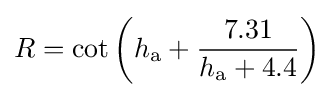
R=\cot \left(h_{\mathrm {a} }+{\frac {7.31}{h_{\mathrm {a} }+4.4}}\right)